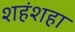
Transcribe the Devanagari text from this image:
शहंशहा